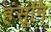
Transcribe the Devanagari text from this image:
हंसूनि